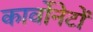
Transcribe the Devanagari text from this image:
कार्वोनेटों